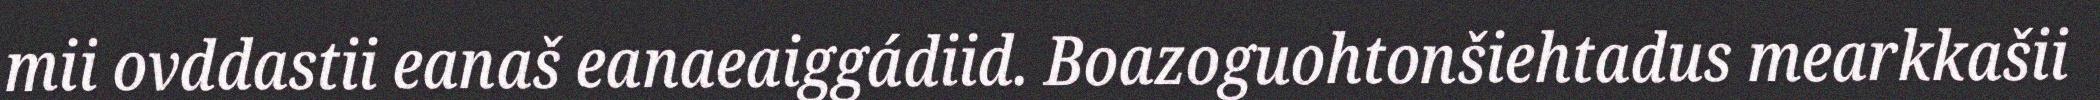
mii ovddastii eanaš eanaeaiggádiid. Boazoguohtonšiehtadus mearkkašii